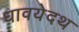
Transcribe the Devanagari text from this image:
धावयेदथ